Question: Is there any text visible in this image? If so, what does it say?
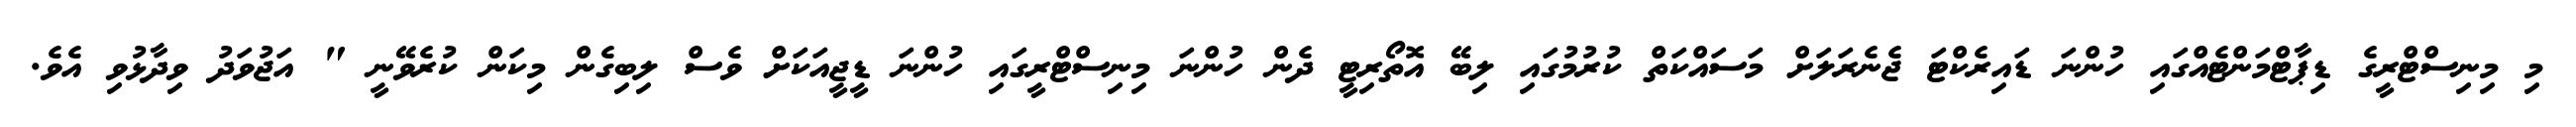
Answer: މި މިނިސްޓްރީގެ ޑިޕާޓްމަންޓެއްގައި ހުންނަ ޑައިރެކްޓަ ޖެނެރަލަށް މަސައްކަތް ކުރުމުގައި ލިބޭ އޮތޯރިޓީ ދެން ހުންނަ މިނިސްޓްރީގައި ހުންނަ ޑީޖީއަކަށް ވެސް ލިބިގެން މިކަން ކުރެވޭނީ " އަޖުވަދު ވިދާޅުވި އެވެ.